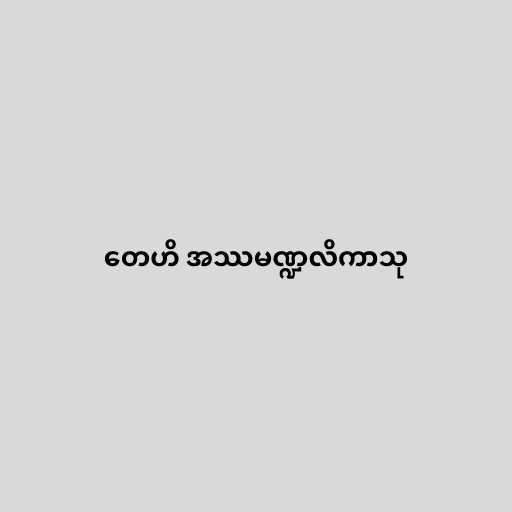
တေဟိ အဿမဏ္ဍလိကာသု